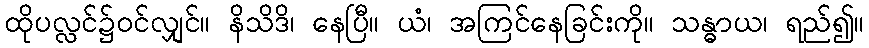
ထိုပလ္လင်၌ဝင်လျှင်။ နိသိဒိ၊ နေပြီ။ ယံ၊ အကြင်နေခြင်းကို။ သန္ဓာယ၊ ရည်၍။